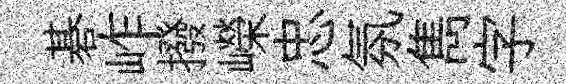
碁岞撥嶸忠氛雋字